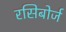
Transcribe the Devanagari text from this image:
रसिबोर्ज